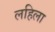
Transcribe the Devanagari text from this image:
लहिला